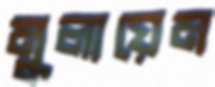
মুলায়েম